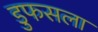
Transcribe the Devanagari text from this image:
डुफसला